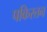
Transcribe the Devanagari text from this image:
पकिस्तन